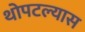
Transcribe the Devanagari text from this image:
थोपटल्यास